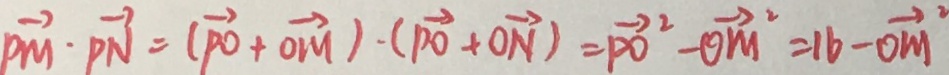
\overrightarrow { P M } \cdot \overrightarrow { P N } = ( \overrightarrow { P O } + \overrightarrow { O M } ) \cdot ( \overrightarrow { P O } + \overrightarrow { O N } ) = \overrightarrow { P O } ^ { 2 } - \overrightarrow { O M } ^ { 2 } = 1 6 - \overrightarrow { O M } ^ { 2 }